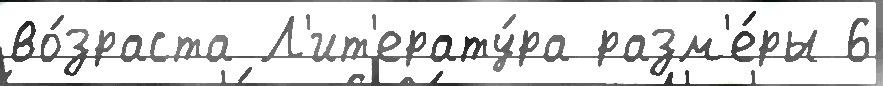
во́зраста Л'ит'ерату́ра разм'е́ры 6